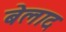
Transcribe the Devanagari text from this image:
बेलाद